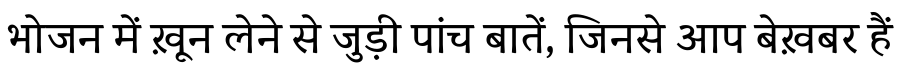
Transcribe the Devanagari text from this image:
भोजन में ख़ून लेने से जुड़ी पांच बातें, जिनसे आप बेख़बर हैं